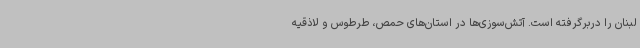
لبنان را دربرگرفته است. آتش‌سوزی‌ها در استان‌های حمص، طرطوس و لاذقیه